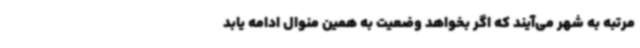
مرتبه به شهر می‌آیند که اگر بخواهد وضعیت به همین منوال ادامه یابد